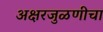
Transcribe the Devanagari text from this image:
अक्षरजुळणीचा